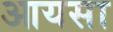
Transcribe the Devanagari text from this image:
आयसा